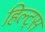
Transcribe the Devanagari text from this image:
हिल्ट्स